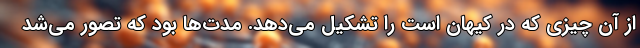
از آن چیزی که در کیهان است را تشکیل می‌دهد. مدت‌ها بود که تصور می‌شد